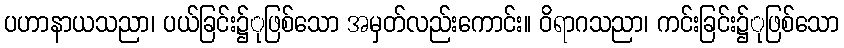
ပဟာနာယသညာ၊ ပယ်ခြင်း၌ုဖြစ်သော အမှတ်လည်းကောင်း။ ဝိရာဂသညာ၊ ကင်းခြင်း၌ုဖြစ်သော